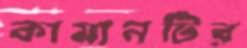
কামানটির